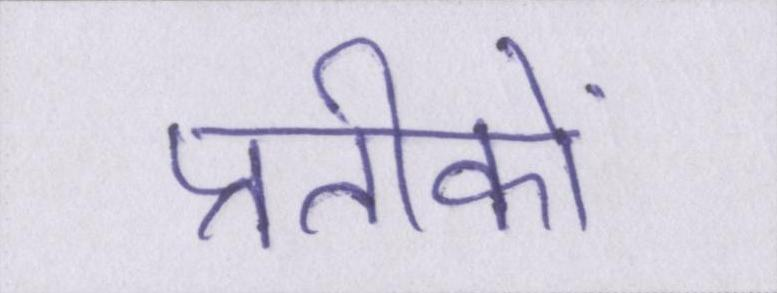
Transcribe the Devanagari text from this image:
प्रतीकों